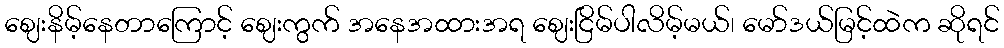
ဈေးနိမ့်နေတာကြောင့် ဈေးကွက် အနေအထားအရ ဈေးငြိမ်ပါလိမ့်မယ်၊ မော်ဒယ်မြင့်ထဲက ဆိုရင်